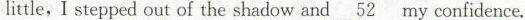
little, I stepped out of the shadow and \underline{52} my confidence.